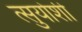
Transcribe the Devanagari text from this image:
त्सुयोशी